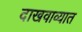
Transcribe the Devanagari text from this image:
दाखवाव्यात